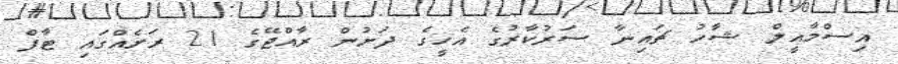
އިސްމާއީލް ޝާހު ޗައިނާ ސަރުކާރުގެ އެހީގެ ދަށުން ރާއްޖޭގެ 21 ރަށެއްގައި ޓާފް